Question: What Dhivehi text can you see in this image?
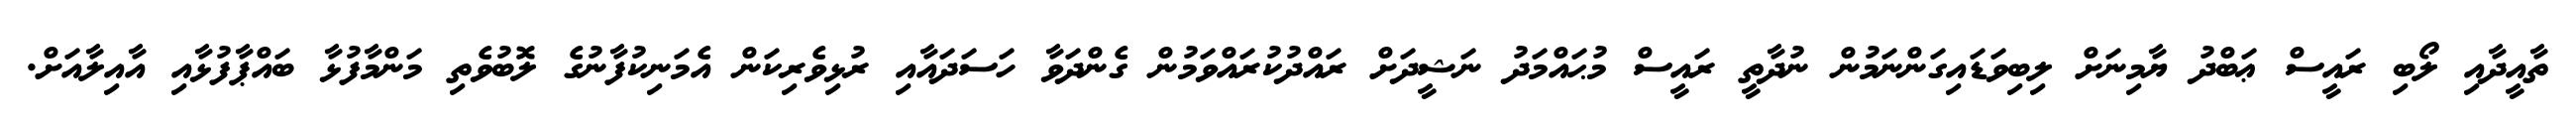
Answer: ތާއީދާއި ލޯބި ރައީސް ޢަބްދު ޔާމިނަށް ލިބިވަޑައިގަންނަމުން ނުދާތީ ރައީސް މުޙައްމަދު ނަޝީދަށް ރައްދުކުރައްވަމުން ގެންދަވާ ހަސަދައާއި ރުޅިވެރިކަން އެމަނިކުފާނުގެ ލޮބުވެތި މަންމާފުޅާ ބައްޕާފުޅާއި އާއިލާއަށް.